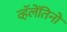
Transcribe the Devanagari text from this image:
व्हॅलेंतिनो